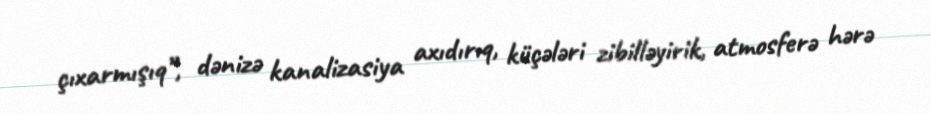
çıxarmışıq”, dənizə kanalizasiya axıdırıq, küçələri zibilləyirik, atmosferə hərə